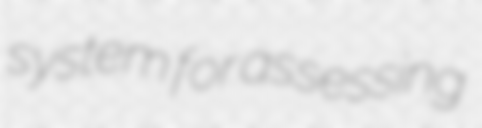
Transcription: system for assessing